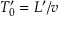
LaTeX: T _ { 0 } ^ { \prime } = L ^ { \prime } / v